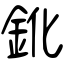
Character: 鈋